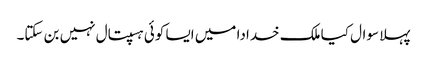
پہلا سوال کیا ملک خدادا میں ایسا کوئی ہسپتال نہیں بن سکتا۔